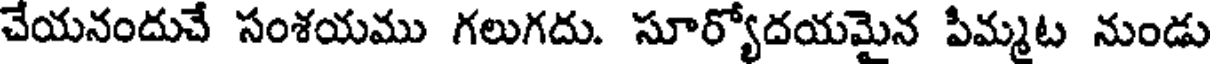
చేయనందుచే సంశయము గలుగదు. సూర్యోదయమైన పిమ్మట నుండు